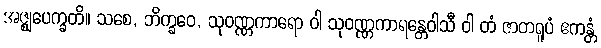
အဇ္ဈုပေက္ခတိ။ သစေ, ဘိက္ခဝေ, သုဝဏ္ဏကာရော ဝါ သုဝဏ္ဏကာရန္တေဝါသီ ဝါ တံ ဇာတရူပံ ဧကန္တံ